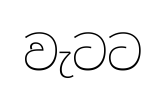
වැටට